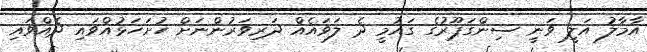
އާމާލު އަލީ ވަނީ ސިންގަޕޫރުގެ ގައުމީ ދެ ލަވައެއް ދަރިވަރުންނަށް ހުށަހަޅުއްވައި ދެއްވައި